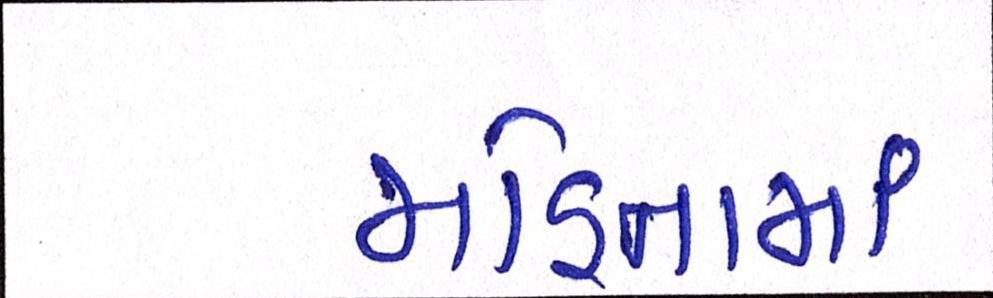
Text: મહિનામાં